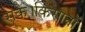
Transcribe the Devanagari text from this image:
सके।किसानों